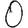
Digit: 0